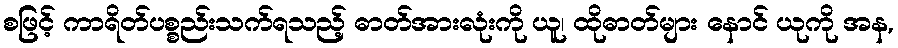
စဖြင့် ကာရိတ်ပစ္စည်းသက်ရသည့် ဓာတ်အားလုံးကို ယူ၊ ထိုဓာတ်များ နောင် ယုကို အန,